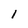
Character: 1